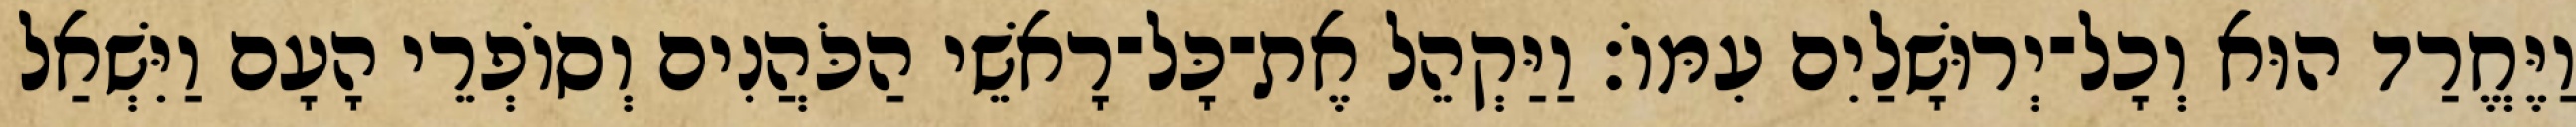
וַיֶּחֱרַד הוּא וְכָל־יְרוּשָׁלַיִם עִמּוֹ׃ וַיַּקְהֵל אֶת־כָּל־רָאשֵׁי הַכֹּהֲנִים וְסוֹפְרֵי הָעָם וַיִּשְׁאַל